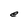
Character: e